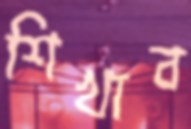
শিখাব